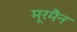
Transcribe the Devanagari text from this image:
मूरमैन